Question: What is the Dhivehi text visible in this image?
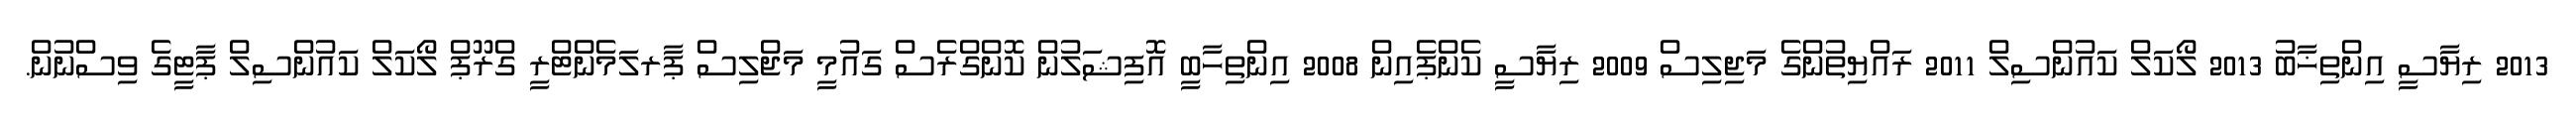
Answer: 2013 ރިޔާސީ އިންތިޚާބު 2013 ލޯކަލް ކައުންސިލް 2011 ރައްޔިތުންގެ މަޖިލިސް 2009 ރިޔާސީ ކެންޕެއިން 2008 އިންތިހާބީ އޮފިޝަލުން ކޮންގްރެސް ގައުމީ މަޖްލިސް ޕާރލަމެންޓްރީ ގްރޫޕް ލޯކަލް ކައުންސިލް ޕާޓީގެ ވިސްނުން.